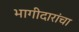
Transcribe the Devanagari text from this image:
भागीदारांचा